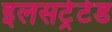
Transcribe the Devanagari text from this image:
इलसट्रेटेड